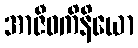
အာဇီဝကိနိယော